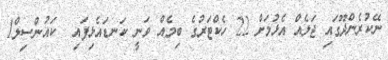
ނޭކުރެންދޫގައި ޖަލެއް އެޅުމަށް 22 ހެކްޓަރުގެ ބިމެއް ވަނީ ކަނޑައެޅިފައި  ކައުންސިލް1